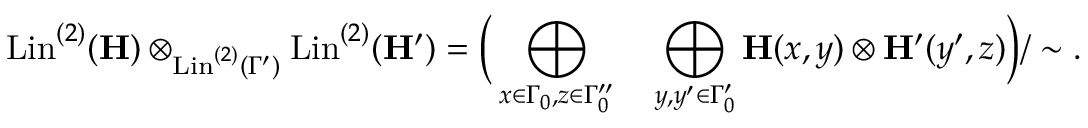
\mathrm { L i n } ^ { ( 2 ) } ( \mathbf { H } ) \otimes _ { { \mathrm { L i n } ^ { ( 2 ) } ( \Gamma ^ { \prime } ) } } \mathrm { L i n } ^ { ( 2 ) } ( \mathbf { H } ^ { \prime } ) = \Big ( \bigoplus _ { x \in \Gamma _ { 0 } , z \in \Gamma _ { 0 } ^ { \prime \prime } } \quad \bigoplus _ { y , y ^ { \prime } \in \Gamma _ { 0 } ^ { \prime } } \mathbf { H } ( x , y ) \otimes \mathbf { H } ^ { \prime } ( y ^ { \prime } , z ) \Big ) / \sim .